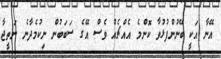
އޭނާ އަކީ ބޭނުންފުޅުވާ ކޮންމެ އެއްޗެއް ވެސް އޭގެ ސަބަބުން ނިކުމެދާނެ ނަތީޖާ